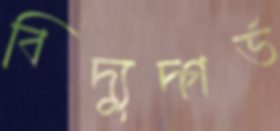
বিদ্যুদ্গর্ভ